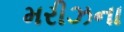
મરીઝના